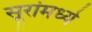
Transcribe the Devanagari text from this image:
सूरांमध्ये